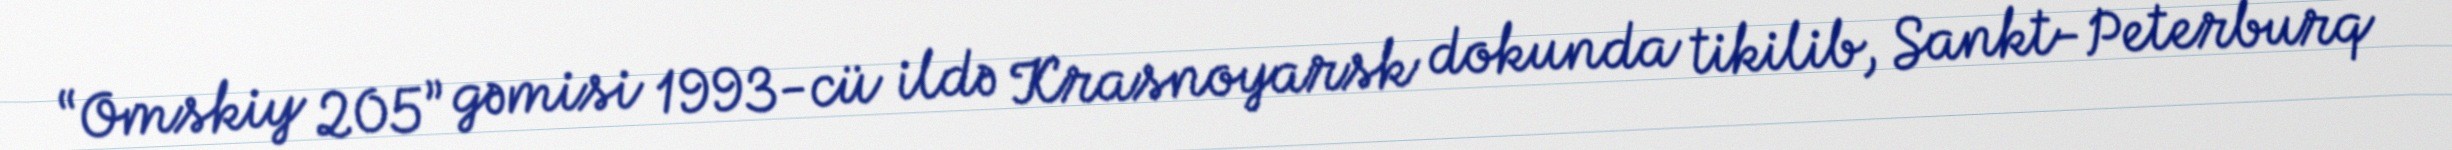
“Omskiy 205” gəmisi 1993-cü ildə Krasnoyarsk dokunda tikilib, Sankt-Peterburq